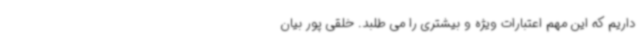
داریم که این مهم اعتبارات ویژه و بیشتری را می طلبد. خلقی پور بیان